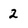
Character: 2